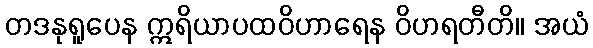
တဒနုရူပေန ဣရိယာပထဝိဟာရေန ဝိဟရတီတိ။ အယံ